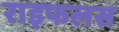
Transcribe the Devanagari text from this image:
राइफलस